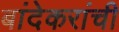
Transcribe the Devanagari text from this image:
बांदेकरांची